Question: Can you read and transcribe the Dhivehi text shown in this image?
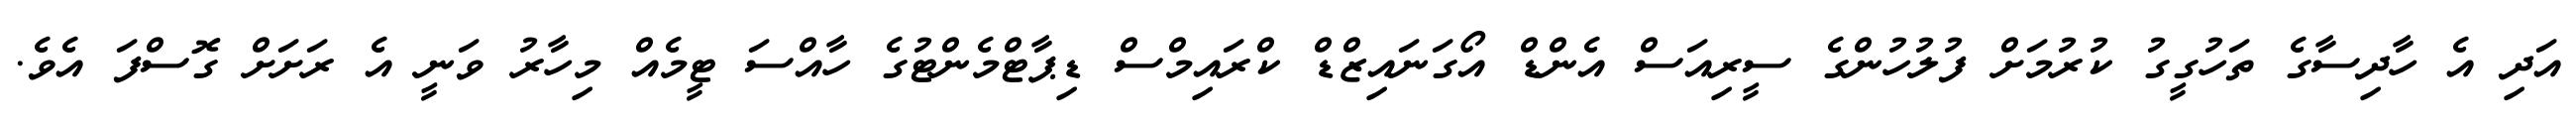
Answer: އަދި އެ ހާދިސާގެ ތަހުގީގު ކުރުމަށް ފުލުހުންގެ ސީރިއަސް އެންޑް އޯގަނައިޒްޑް ކްރައިމްސް ޑިޕާޓްމެންޓުގެ ހާއްސަ ޓީމެއް މިހާރު ވަނީ އެ ރަށަށް ގޮސްފަ އެވެ.